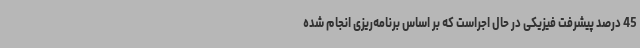
45 درصد پیشرفت فیزیکی در حال اجراست که بر اساس برنامه‌ریزی انجام شده